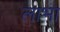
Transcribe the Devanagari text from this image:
लाभा